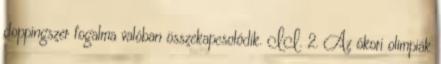
doppingszer fogalma valóban összekapcsolódik. II. 2. Az ókori olimpiák